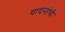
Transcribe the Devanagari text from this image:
वादनांची